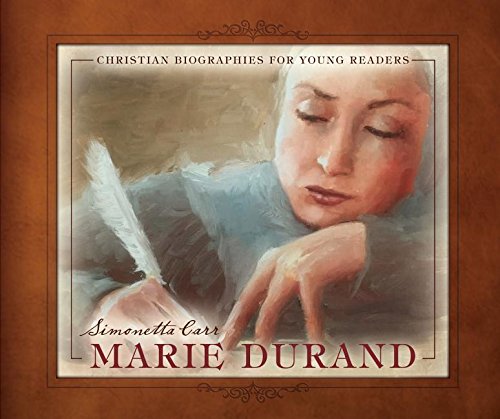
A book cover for Marie Durand - Christian Biographies for Young Readers; Simonetta Carr; Religion & Spirituality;